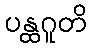
ပန္ထဂူတိ